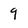
Character: 9